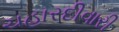
ચહારદીવારી